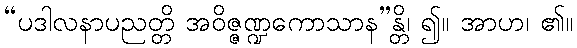
“ပဒါလနာပညတ္တိ အဝိဇ္ဇဏ္ဍကောသာန”န္တိ၊ ၍။ အာဟ၊ ၏။